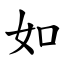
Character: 如